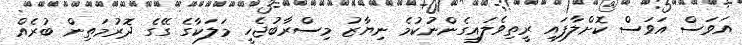
އަވަސް އަވަސް ކޮށްލާފައި ރީތިވެލައިގެންނުކުމެ ނިޔާޒު މިސްރާބުޖެހީ މަލަކާގެ ގޭގެ ދޮރުމަތިން ބުރެއް